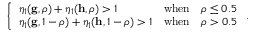
\begin{array} { r } { \left\{ \begin{array} { l l } { \eta _ { 1 } ( \mathbf { g } , \rho ) + \eta _ { 1 } ( \mathbf { h } , \rho ) > 1 } & { \mathrm { w h e n } \quad \rho \leq 0 . 5 } \\ { \eta _ { 1 } ( \mathbf { g } , 1 - \rho ) + \eta _ { 1 } ( \mathbf { h } , 1 - \rho ) > 1 } & { \mathrm { w h e n } \quad \rho > 0 . 5 } \end{array} \right. . } \end{array}